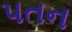
પતન